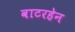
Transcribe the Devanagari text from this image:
वाटरहेन